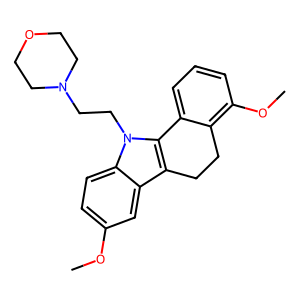
SMILES: COc1ccc2c(c1)c1c(n2CCN2CCOCC2)-c2cccc(OC)c2CC1
Inhibits HIV replication: No